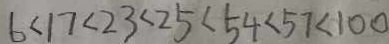
6 < 1 7 < 2 3 < 2 5 < 5 4 < 5 7 < 1 0 0